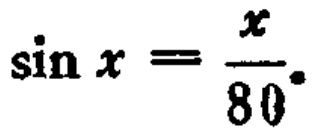
\(\sin x = \frac{x}{80}\)